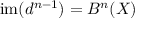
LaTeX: \mathrm { i m } ( d ^ { n - 1 } ) = B ^ { n } ( X )